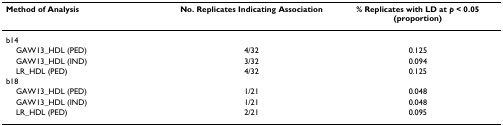
<table><thead><tr><td><b>Method of Analysis</b></td><td><b>No. Replicates Indicating Association</b></td><td><b>% Replicates with LD at <i>p </i>&lt; 0.05 (proportion)</b></td></tr></thead><tbody><tr><td>b14</td><td></td><td></td></tr><tr><td> GAW13_HDL (PED)</td><td>4/32</td><td>0.125</td></tr><tr><td> GAW13_HDL (IND)</td><td>3/32</td><td>0.094</td></tr><tr><td> LR_HDL (PED)</td><td>4/32</td><td>0.125</td></tr><tr><td>b18</td><td></td><td></td></tr><tr><td> GAW13_HDL (PED)</td><td>1/21</td><td>0.048</td></tr><tr><td> GAW13_HDL (IND)</td><td>1/21</td><td>0.048</td></tr><tr><td> LR_HDL (PED)</td><td>2/21</td><td>0.095</td></tr></tbody></table>